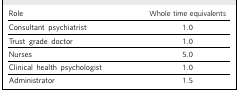
<table><thead><tr><td><b>Role</b></td><td><b>Whole time equivalents</b></td></tr></thead><tbody><tr><td>Consultant psychiatrist</td><td>1.0</td></tr><tr><td>Trust grade doctor</td><td>1.0</td></tr><tr><td>Nurses</td><td>5.0</td></tr><tr><td>Clinical health psychologist</td><td>1.0</td></tr><tr><td>Administrator</td><td>1.5</td></tr></tbody></table>